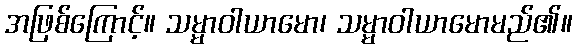
အဖြစ်ကြောင့်။ သမ္မာဝါယာမော၊ သမ္မာဝါယာမောမည်၏။